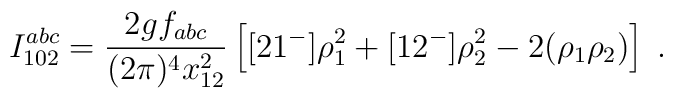
I_{102}^{abc} =  \frac{2gf_{abc}}{(2\pi)^4 x_{12}^2}\left[[21^-]\rho_1^2+[12^-]\rho_2^2 -2(\rho_1\rho_2)\right]\;.